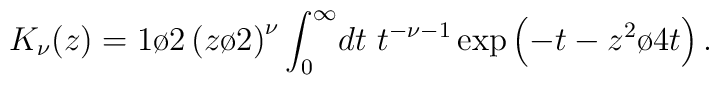
K_{\nu}(z)={1\o 2}\left({z\o 2}\right)^{\nu}\int_0^{\infty}\!dt~ t^{-\nu-1}\exp\left(-t-{z^2\o 4t}\right).